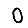
Digit: 0